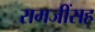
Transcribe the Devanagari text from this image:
रामजींसह